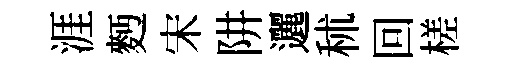
涯麪宋阱邐秫回槎